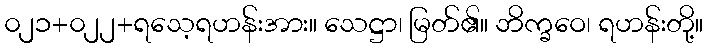
၀၂၁+၀၂၂+ရသေ့ရဟန်းအား။ သေဋ္ဌာ၊ မြတ်၏။ ဘိက္ခဝေ၊ ရဟန်းတို့။